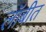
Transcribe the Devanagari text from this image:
लॉबीत